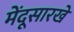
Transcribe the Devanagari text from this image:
मेंदूसारखे